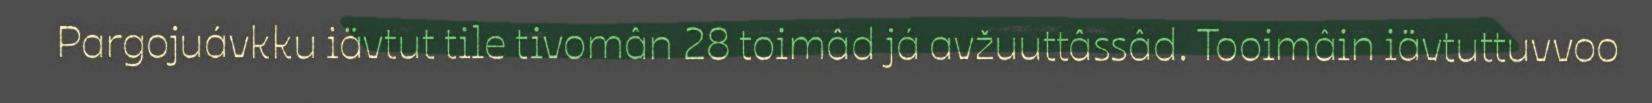
Pargojuávkku iävtut tile tivomân 28 toimâd já avžuuttâssâd. Tooimâin iävtuttuvvoo